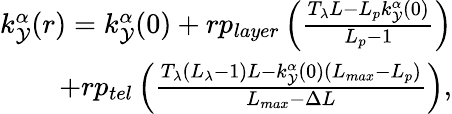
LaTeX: \begin{array}{r}{k_{\mathcal{Y}}^{\alpha}(r)=k_{\mathcal{Y}}^{\alpha}(0)+rp_{layer}\left(\frac{T_{\lambda}L-L_{p}k_{\mathcal{Y}}^{\alpha}(0)}{L_{p}-1}\right)}\\ {+rp_{tel}\left(\frac{T_{\lambda}(L_{\lambda}-1)L-k_{\mathcal{Y}}^{\alpha}(0)(L_{max}-L_{p})}{L_{max}-\Delta L}\right),}\end{array}